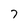
Character: 7